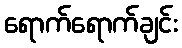
ရောက်ရောက်ချင်း